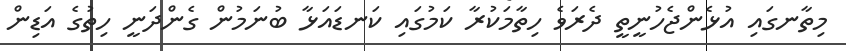
މިތާނގައި އުޅެންޖެހުނީތީ ދެރަވެ ހިތާމަކުރާ ކަމުގައި ކަނޑައަޅާ ބުނަމުން ގެންދަނީ ހިތުގެ އަޑިން